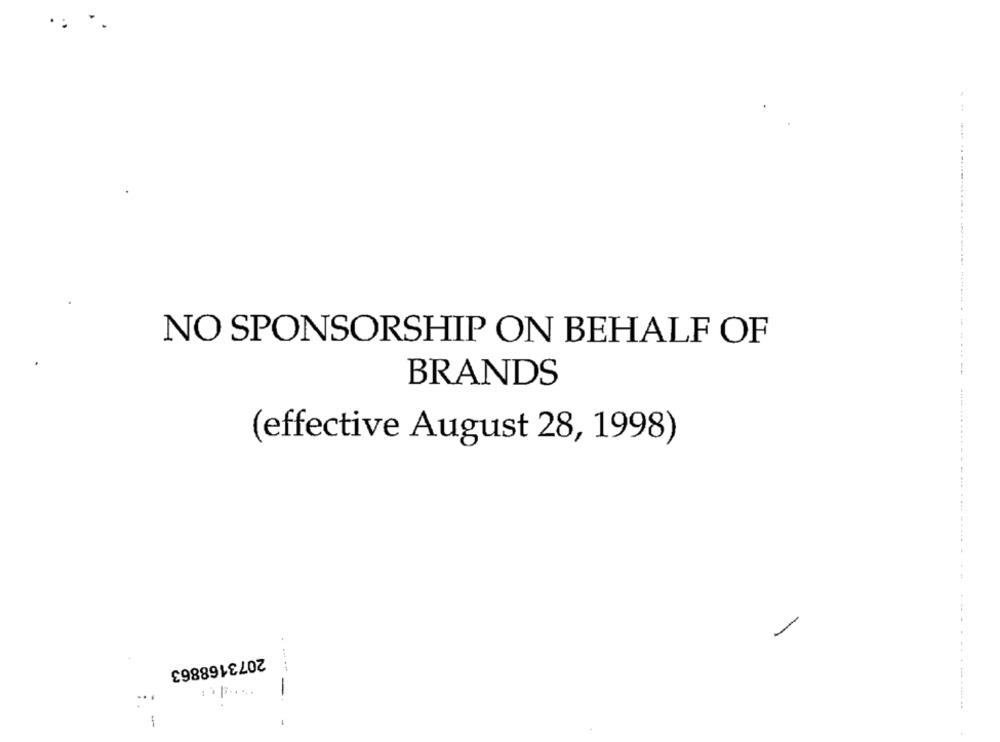
NO SPONSORSHIP ON BEHALF OF
BRANDS
(effective August 28, 1998)
2073168863
----
-
-